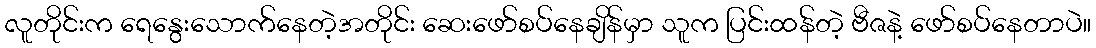
လူတိုင်းက ရေနွေးသောက်နေတဲ့အတိုင်း ဆေးဖော်စပ်နေချိန်မှာ သူက ပြင်းထန်တဲ့ ဗီဇနဲ့ ဖော်စပ်နေတာပဲ။